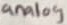
Text: analog